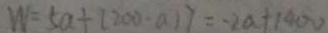
W = 5 a + ( 2 0 0 - a ) 7 = - 2 a + 1 0 0 v